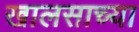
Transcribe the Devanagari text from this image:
खालसाच्या